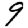
Digit: 9